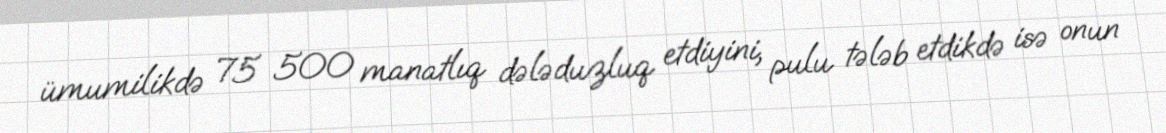
ümumilikdə 75 500 manatlıq dələduzluq etdiyini, pulu tələb etdikdə isə onun